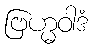
ဗြဟ္မဝါဒံ